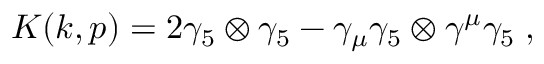
K ( k , p ) = 2 \gamma _ { 5 } \otimes \gamma _ { 5 } - \gamma _ { \mu } \gamma _ { 5 } \otimes \gamma ^ { \mu } \gamma _ { 5 } \; ,